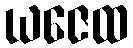
ယဇေထ